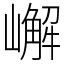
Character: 嶰